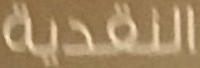
النقدية